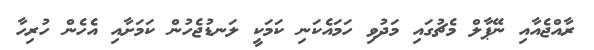
ރާއްޖެއާއި ނޭޕާލް މެޗުގައި މަދުވި ހަމައެކަނި ކަމަކީ ލަނޑުޖެހުން ކަމަށާއި އެހެން ހުރިހާ